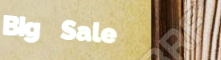
Big Sale